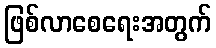
ဖြစ်လာစေရေးအတွက်